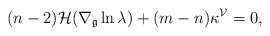
\begin{align*}(n-2)\mathcal{H}(\nabla_{\mathfrak{g}}\ln\lambda)+(m-n)\kappa^{\mathcal{V}}=0,\end{align*}